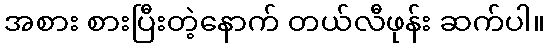
အစား စားပြီးတဲ့နောက် တယ်လီဖုန်း ဆက်ပါ။